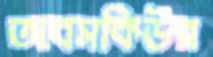
অবসকিউর